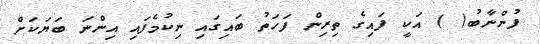
ފުންނާބު( ) އަކީ ފައިގެ ތިރިން ފަހަތު ބައިގައި ނިކުމެފައި އިންނަ ބަޔަކަށް